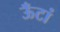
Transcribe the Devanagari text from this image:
ऊँटां